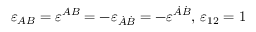
\varepsilon _ { A B } = \varepsilon ^ { A B } = - \varepsilon _ { \dot { A } \dot { B } } = - \varepsilon ^ { \dot { A } \dot { B } } , \, \varepsilon _ { 1 2 } = 1